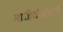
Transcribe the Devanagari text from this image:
माहितीप्रधान